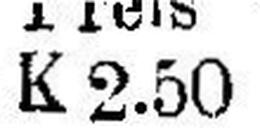
K 2.50